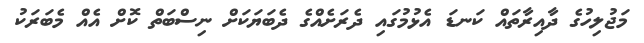
މަޖުލިހުގެ ދާއިރާތައް ކަނޑަ އެޅުމުގައި ދެރަށެއްގެ ދެބަޔަކަށް ނިސްބަތް ކޮށް އެއް މެބަރަކު